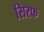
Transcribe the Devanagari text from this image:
सिरफ